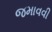
જમાવવી